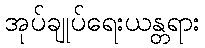
အုပ်ချုပ်ရေးယန္တရား